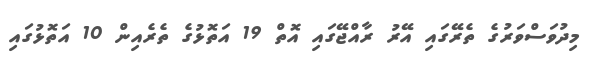
މިދުވަސްވަރުގެ ތެރޭގައި އޭރު ރާއްޖޭގައި އޮތް 19 އަތޮޅުގެ ތެރެއިން 10 އަތޮޅުގައި